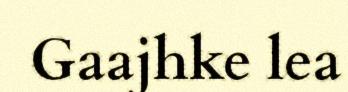
Gaajhke lea